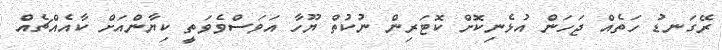
ރޭގަނޑު ހަތެއް ޖަހަން އުޅެނިކޮށް ކޮޓަރިން ނުކުތް ޔޫހާ އަވަސްވެވަތީ ކިޔާންއަށް ކާއެއްޗެއް